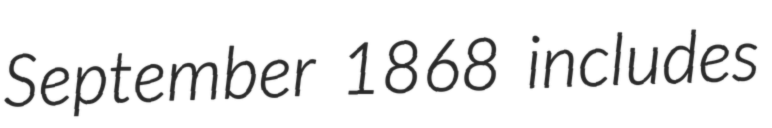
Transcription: September 1868 includes